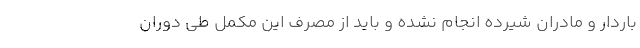
باردار و مادران شیرده انجام نشده و باید از مصرف این مکمل طی دوران